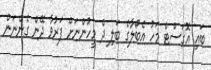
ބައި އޮގަސްޓް މަހު އެބޯލާގެ ބަލި ދެ މީހުންނަށް ފަރުވާ ދޭން ގެންނަން